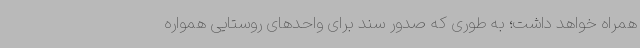
همراه خواهد داشت؛ به‌ طوری که صدور سند برای واحدهای روستایی همواره